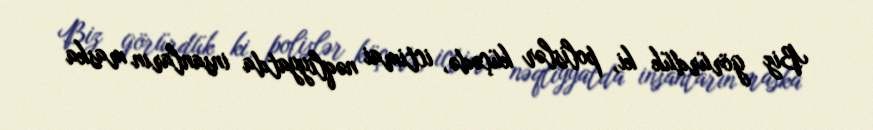
Biz görürdük ki, polislər küçədə, ictimai nəqliyyatda insanların maska